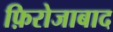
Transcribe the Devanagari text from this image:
फ़िरोजाबाद